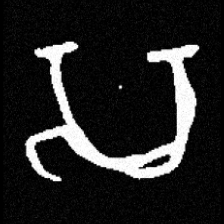
Pyu character \u2014 Myanmar letter: သ (romanized: sa)